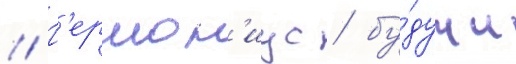
// Г'ермон'иус / бу́дучи